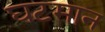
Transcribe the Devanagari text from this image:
घटमान